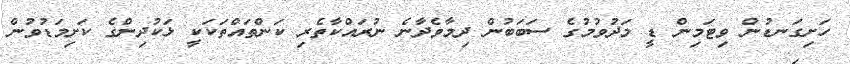
ހަށިގަނޑުން ވިޓަމިން ޑީ މަދުވުމުގެ ސަބަބުން ދިމާވެދާނެ ނުރައްކާތެރި ކަންތައްތަކަކީ ޅަކުދިންގެ ކަށިމަޑުވުން